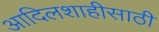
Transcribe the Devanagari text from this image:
आदिलशाहीसाठी